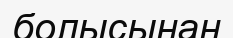
болысынан